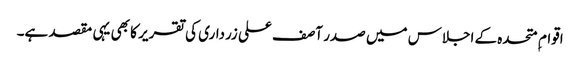
اقوام ِ متحدہ کے اجلاس میں صدر آصف علی زرداری کی تقریر کا بھی یہی مقصد ہے۔